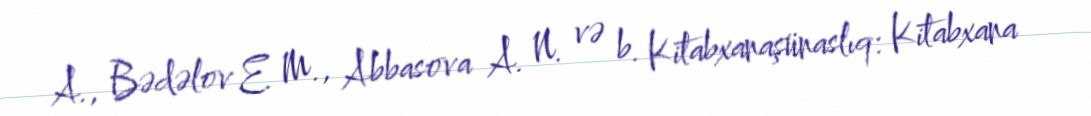
A., Bədəlov E. M., Abbasova A. N. və b. Kitabxanaşünaslıq: Kitabxana